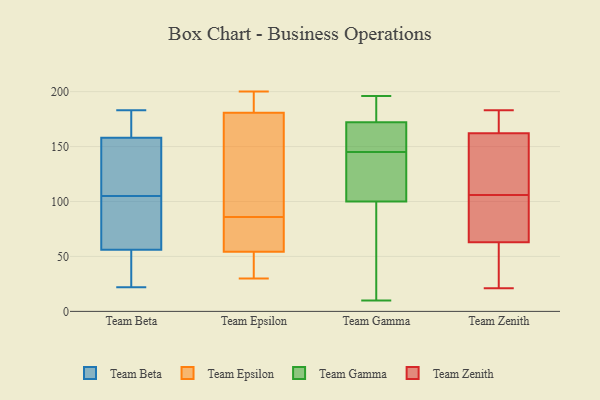
{"axis": {"x": "Active Users", "y": "Value"}, "legend": ["Team Beta", "Team Epsilon", "Team Gamma", "Team Zenith"], "data": [{"x": "", "y": 167, "type": "Team Beta"}, {"x": "", "y": 22, "type": "Team Beta"}, {"x": "", "y": 56, "type": "Team Beta"}, {"x": "", "y": 43, "type": "Team Beta"}, {"x": "", "y": 92, "type": "Team Beta"}, {"x": "", "y": 158, "type": "Team Beta"}, {"x": "", "y": 142, "type": "Team Beta"}, {"x": "", "y": 183, "type": "Team Beta"}, {"x": "", "y": 141, "type": "Team Beta"}, {"x": "", "y": 56, "type": "Team Beta"}, {"x": "", "y": 94, "type": "Team Beta"}, {"x": "", "y": 164, "type": "Team Beta"}, {"x": "", "y": 116, "type": "Team Beta"}, {"x": "", "y": 49, "type": "Team Beta"}, {"x": "", "y": 200, "type": "Team Epsilon"}, {"x": "", "y": 58, "type": "Team Epsilon"}, {"x": "", "y": 198, "type": "Team Epsilon"}, {"x": "", "y": 44, "type": "Team Epsilon"}, {"x": "", "y": 53, "type": "Team Epsilon"}, {"x": "", "y": 132, "type": "Team Epsilon"}, {"x": "", "y": 86, "type": "Team Epsilon"}, {"x": "", "y": 118, "type": "Team Epsilon"}, {"x": "", "y": 30, "type": "Team Epsilon"}, {"x": "", "y": 67, "type": "Team Epsilon"}, {"x": "", "y": 197, "type": "Team Epsilon"}, {"x": "", "y": 184, "type": "Team Gamma"}, {"x": "", "y": 139, "type": "Team Gamma"}, {"x": "", "y": 191, "type": "Team Gamma"}, {"x": "", "y": 196, "type": "Team Gamma"}, {"x": "", "y": 10, "type": "Team Gamma"}, {"x": "", "y": 173, "type": "Team Gamma"}, {"x": "", "y": 147, "type": "Team Gamma"}, {"x": "", "y": 145, "type": "Team Gamma"}, {"x": "", "y": 100, "type": "Team Gamma"}, {"x": "", "y": 117, "type": "Team Gamma"}, {"x": "", "y": 152, "type": "Team Gamma"}, {"x": "", "y": 128, "type": "Team Gamma"}, {"x": "", "y": 182, "type": "Team Gamma"}, {"x": "", "y": 57, "type": "Team Gamma"}, {"x": "", "y": 28, "type": "Team Gamma"}, {"x": "", "y": 169, "type": "Team Gamma"}, {"x": "", "y": 97, "type": "Team Gamma"}, {"x": "", "y": 100, "type": "Team Gamma"}, {"x": "", "y": 158, "type": "Team Gamma"}, {"x": "", "y": 162, "type": "Team Zenith"}, {"x": "", "y": 40, "type": "Team Zenith"}, {"x": "", "y": 21, "type": "Team Zenith"}, {"x": "", "y": 156, "type": "Team Zenith"}, {"x": "", "y": 149, "type": "Team Zenith"}, {"x": "", "y": 45, "type": "Team Zenith"}, {"x": "", "y": 103, "type": "Team Zenith"}, {"x": "", "y": 58, "type": "Team Zenith"}, {"x": "", "y": 183, "type": "Team Zenith"}, {"x": "", "y": 63, "type": "Team Zenith"}, {"x": "", "y": 180, "type": "Team Zenith"}, {"x": "", "y": 94, "type": "Team Zenith"}, {"x": "", "y": 163, "type": "Team Zenith"}, {"x": "", "y": 133, "type": "Team Zenith"}, {"x": "", "y": 107, "type": "Team Zenith"}, {"x": "", "y": 80, "type": "Team Zenith"}, {"x": "", "y": 105, "type": "Team Zenith"}, {"x": "", "y": 180, "type": "Team Zenith"}]}